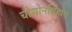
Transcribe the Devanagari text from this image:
चोसोनमिंहांग